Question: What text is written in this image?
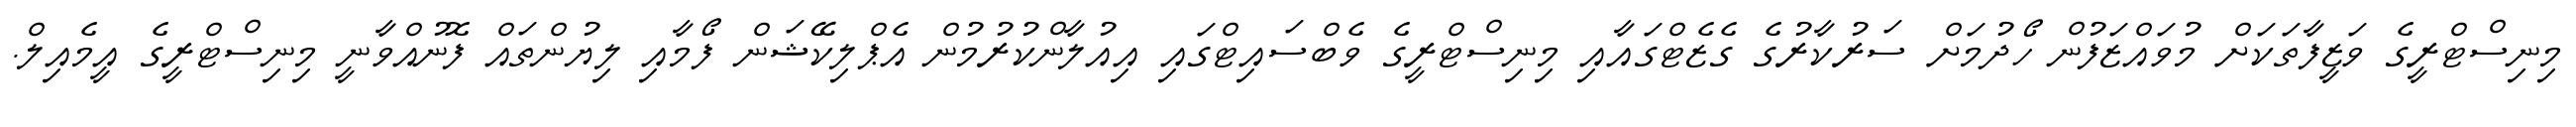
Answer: މިނިސްޓްރީގެ ވަޒީފާތަކަށް މުވައްޒަފުން ހޯދުމަށް ސަރުކާރުގެ ގެޒެޓްގައާއި މިނިސްޓްރީގެ ވެބްސައިޓްގައި އިއުލާންކުރުމުން އެޕްލިކޭޝަން ފޯމާއި ލިޔުންތައް ފޮނުއްވާނީ މިނިސްޓްރީގެ އީމެއިލް.